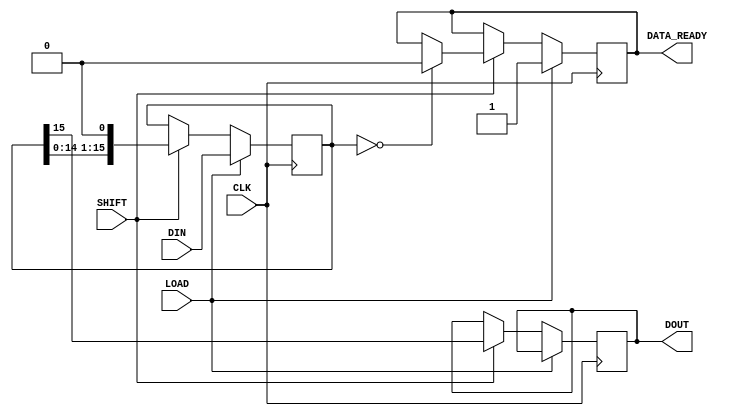
module PISO_Register (
    input wire [15:0] DIN,      // 16-bit parallel data input
    input wire LOAD,            // Load control signal
    input wire SHIFT,           // Shift control signal
    input wire CLK,             // Clock signal
    output reg DOUT,            // Serial output
    output reg DATA_READY       // Data ready flag (optional)
);

    reg [15:0] shift_reg;       // 16-bit shift register

    always @(posedge CLK) begin
        if (LOAD) begin
            // Load the data into the shift register
            shift_reg <= DIN;
            DATA_READY <= 1'b1;  // Indicate data is ready
        end else if (SHIFT) begin
            // Shift operation
            DOUT <= shift_reg[15]; // Output the MSB to DOUT
            shift_reg <= {shift_reg[14:0], 1'b0}; // Shift right
            if (shift_reg == 16'b0) begin
                DATA_READY <= 1'b0; // Clear data ready flag when empty
            end
        end
    end

    // Optional: Reset functionality can be added here
    // If you want to implement a reset, you can add an input reset signal
    // and modify the always block accordingly.

endmodule